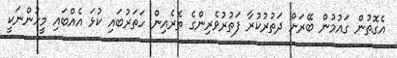
އެގޮތުން ގައުމުން ބޭރަށް ދަތުރުކުރާ ފަތުރުވެރިންގެ ތެރެއިން ހަތަރުބައި ކުޅަ އެއްބައި މީހުންނަކީ